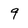
Character: 9